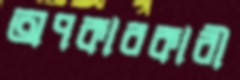
অপকারকারী